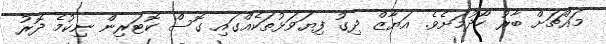
މައްޗަށް ބާރު ހޯދުމަށެވެ. އަޔާޒް ދިގު ފިޔަވަޅުތަކެއްގައި ގޮސް ކޮޓަރިން ނިކުމެ ދޮރު